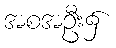
အစအဦး၌